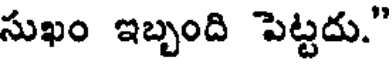
సుఖం ఇబ్బంది పెట్టదు."